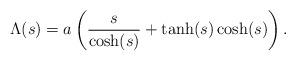
LaTeX: \begin{align*}\Lambda(s)=a\left(\frac{s}{\cosh(s)}+\tanh(s)\cosh(s)\right).\end{align*}